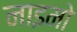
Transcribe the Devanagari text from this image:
नाइमो